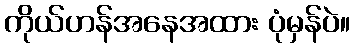
ကိုယ်ဟန်အနေအထား ပုံမှန်ပဲ။